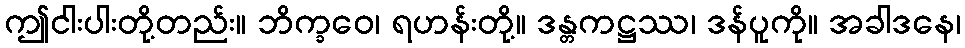
ဤငါးပါးတို့တည်း။ ဘိက္ခဝေ၊ ရဟန်းတို့။ ဒန္တကဋ္ဌဿ၊ ဒန်ပူကို။ အခါဒနေ၊